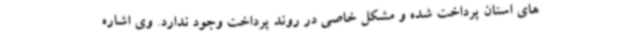
های استان پرداخت شده و مشکل خاصی در روند پرداخت وجود ندارد. وی اشاره